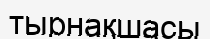
тырнақшасы